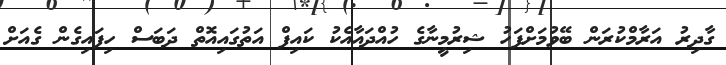
ގާދިރު އަރާމްކުރަން ބޭވުމަށްފަހު ޝިރުމީނާގެ ހުއްދައާއެކު ކައިފް އަތުގައިއޮތް ދަބަސް ހިފައިގެން ގެއަށް